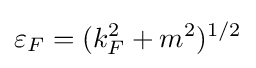
\varepsilon _{F}=(k_{F}^{2}+m^{2})^{1/2}